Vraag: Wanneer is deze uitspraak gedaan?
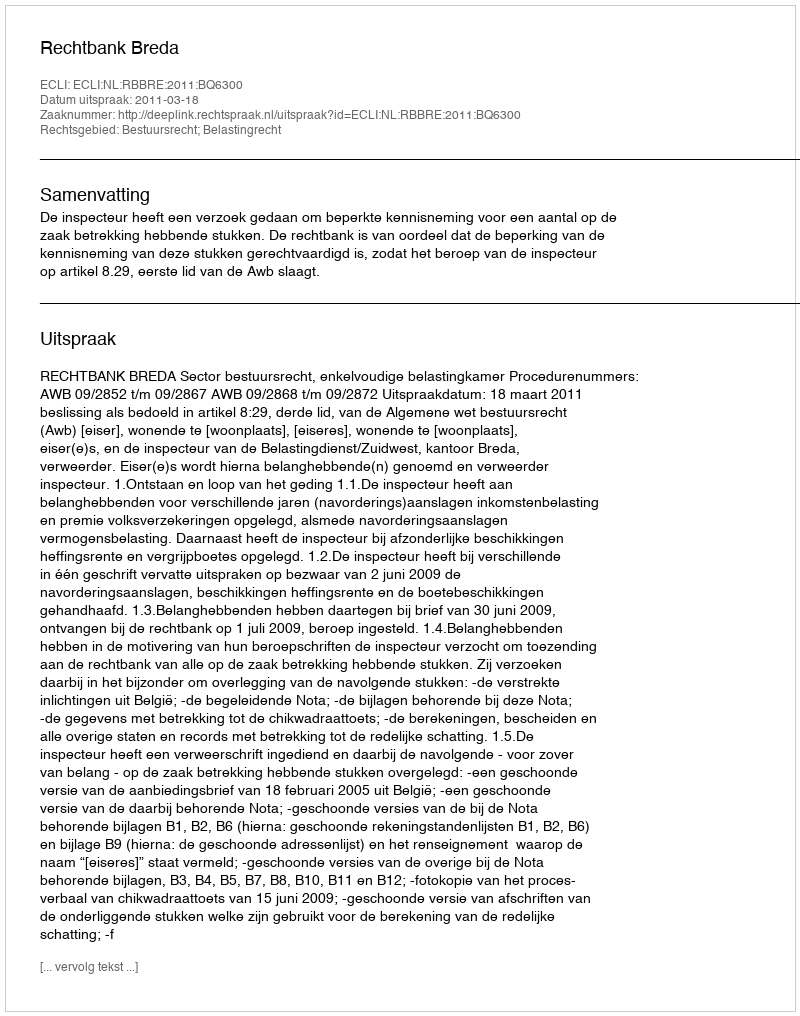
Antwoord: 2011-03-18